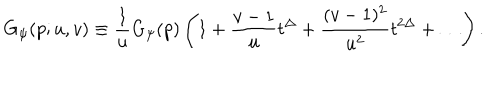
LaTeX: G _ { \psi } ( p ; u , v ) \equiv \frac { 1 } { u } G _ { \psi } ( p ) \left( 1 + \frac { v - 1 } { u } t ^ { \Delta } + \frac { ( v - 1 ) ^ { 2 } } { u ^ { 2 } } t ^ { 2 \Delta } + \ldots \right) .